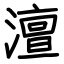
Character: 澶